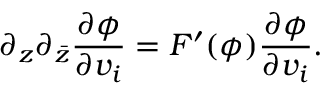
\partial _ { z } \partial _ { \bar { z } } \frac { \partial \phi } { \partial v _ { i } } = F ^ { \prime } ( \phi ) \frac { \partial \phi } { \partial v _ { i } } .